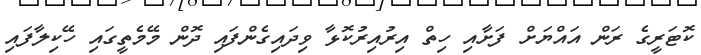
ކޮޓަރީގެ ރަން އައްޔަށް ފަށާއި ހިތް އިރުއިރުކޮޅާ ވިދައިގެންފައި ދޮން މޭމެތީގައި ހޭކިލާފައި